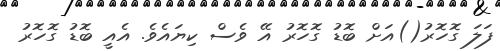
ފަލަ ގޮހޮރު()އަށް ބޮޑު ގޮހޮރު އޭ ވެސް ކިޔައެވެ. އެއީ ބޮޑު ގޮހޮރު